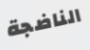
الناضجة